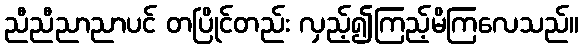
ညီညီညာညာပင် တပြိုင်တည်း လှည့်၍ကြည့်မိကြလေသည်။